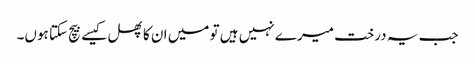
جب یہ درخت میرے نہیں ہیں تو میں ان کا پھل کیسے بیچ سکتا ہوں۔